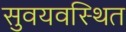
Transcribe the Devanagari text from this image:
सुवयवस्थित